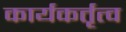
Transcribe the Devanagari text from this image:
कार्यकर्तृत्व